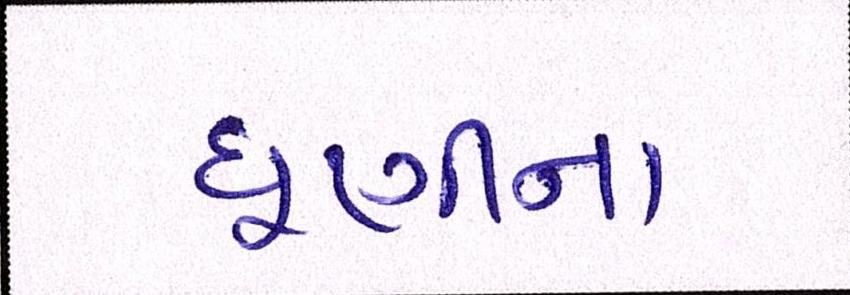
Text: ધૂણીના